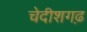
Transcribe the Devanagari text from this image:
चेदीशगढ़